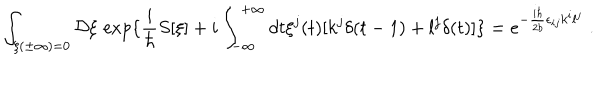
\int _ { \xi ( \pm \infty ) = 0 } { \mathcal D } \xi \, \exp \{ \frac { i } { \hbar } S [ \xi ] + i \int _ { - \infty } ^ { + \infty } d t \xi ^ { j } ( t ) [ k ^ { j } \delta ( t - 1 ) + l ^ { j } \delta ( t ) ] \} = e ^ { - \frac { i \hbar } { 2 b } \epsilon _ { i j } k ^ { i } l ^ { j } } \; .